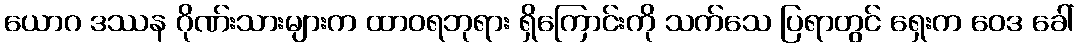
ယောဂ ဒဿန ဂိုဏ်းသားများက ထာဝရဘုရား ရှိကြောင်းကို သက်သေ ပြရာတွင် ရှေးက ဝေဒ ခေါ်